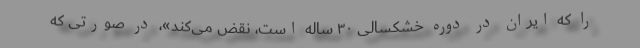
را که ایران در دوره خشکسالی ۳۰ ساله است، نقض می‌کند»، در صورتی که